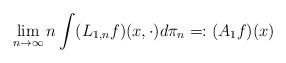
LaTeX: \begin{align*} \lim_{n\to\infty} n \int (L_{1,n} f)(x, \cdot) d\pi_n &=: (A_1 f)(x)\end{align*}